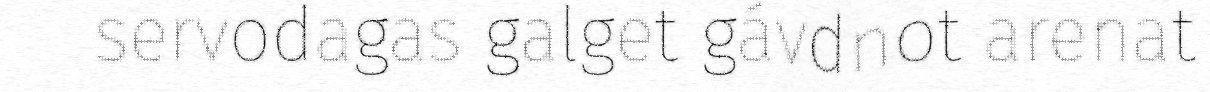
servodagas galget gávdnot arenat